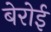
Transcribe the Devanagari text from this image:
बेरोई